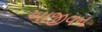
આજીવન